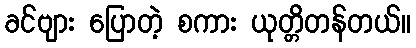
ခင်ဗျား ပြောတဲ့ စကား ယုတ္တိတန်တယ်။